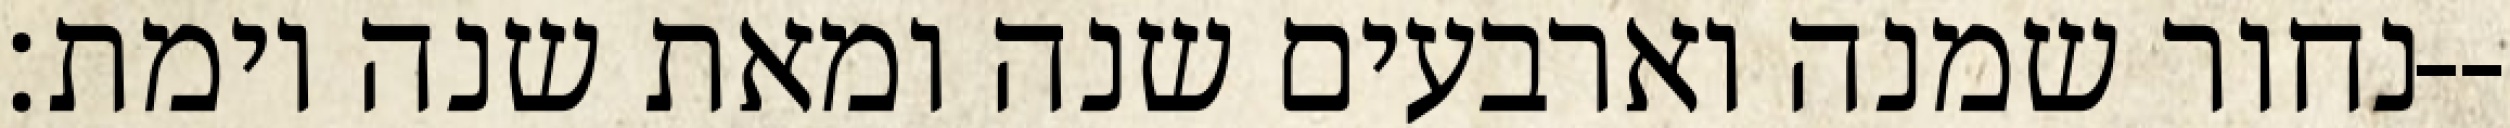
נחור שמנה וארבעים שנה ומאת שנה וימת׃--